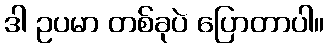
ဒါ ဥပမာ တစ်ခုပဲ ပြောတာပါ။